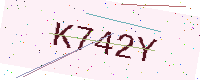
Text: K742Y